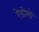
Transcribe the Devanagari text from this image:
ऐडोमो